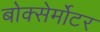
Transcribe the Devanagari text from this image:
बोक्सेर्मोटर